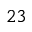
^ { 2 3 }